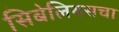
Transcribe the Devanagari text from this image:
सिबेलियसचा